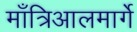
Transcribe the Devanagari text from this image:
माँत्रिआलमार्गे